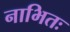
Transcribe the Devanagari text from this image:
नाभितः